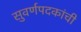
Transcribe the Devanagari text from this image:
सुवर्णपदकांची